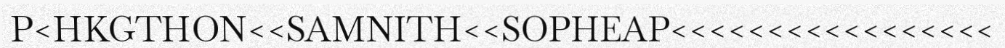
P<HKGTHON<<SAMNITH<<SOPHEAP<<<<<<<<<<<<<<<<<